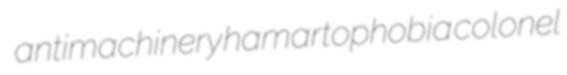
antimachinery hamartophobia colonel